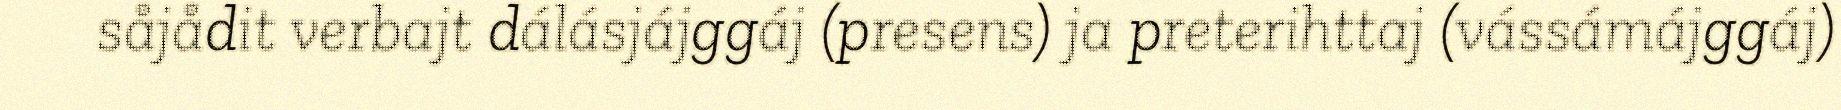
såjådit verbajt dálásjájggáj (presens) ja preterihttaj (vássámájggáj)